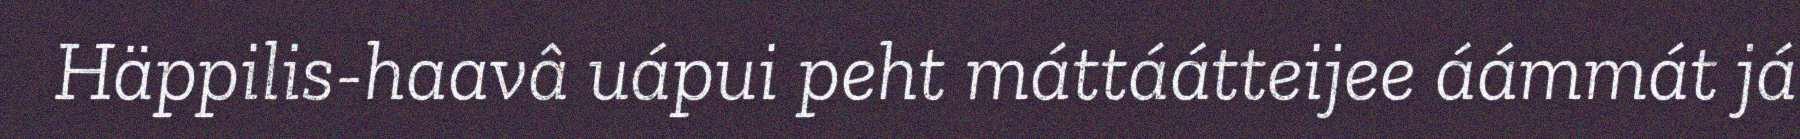
Häppilis-haavâ uápui peht máttáátteijee áámmát já